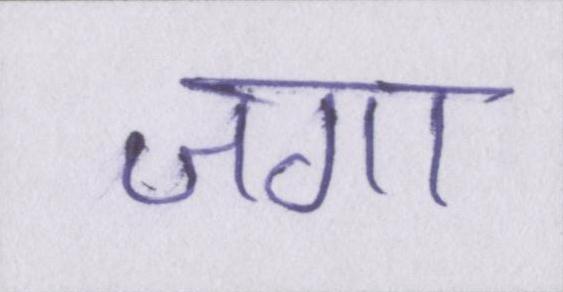
जगा